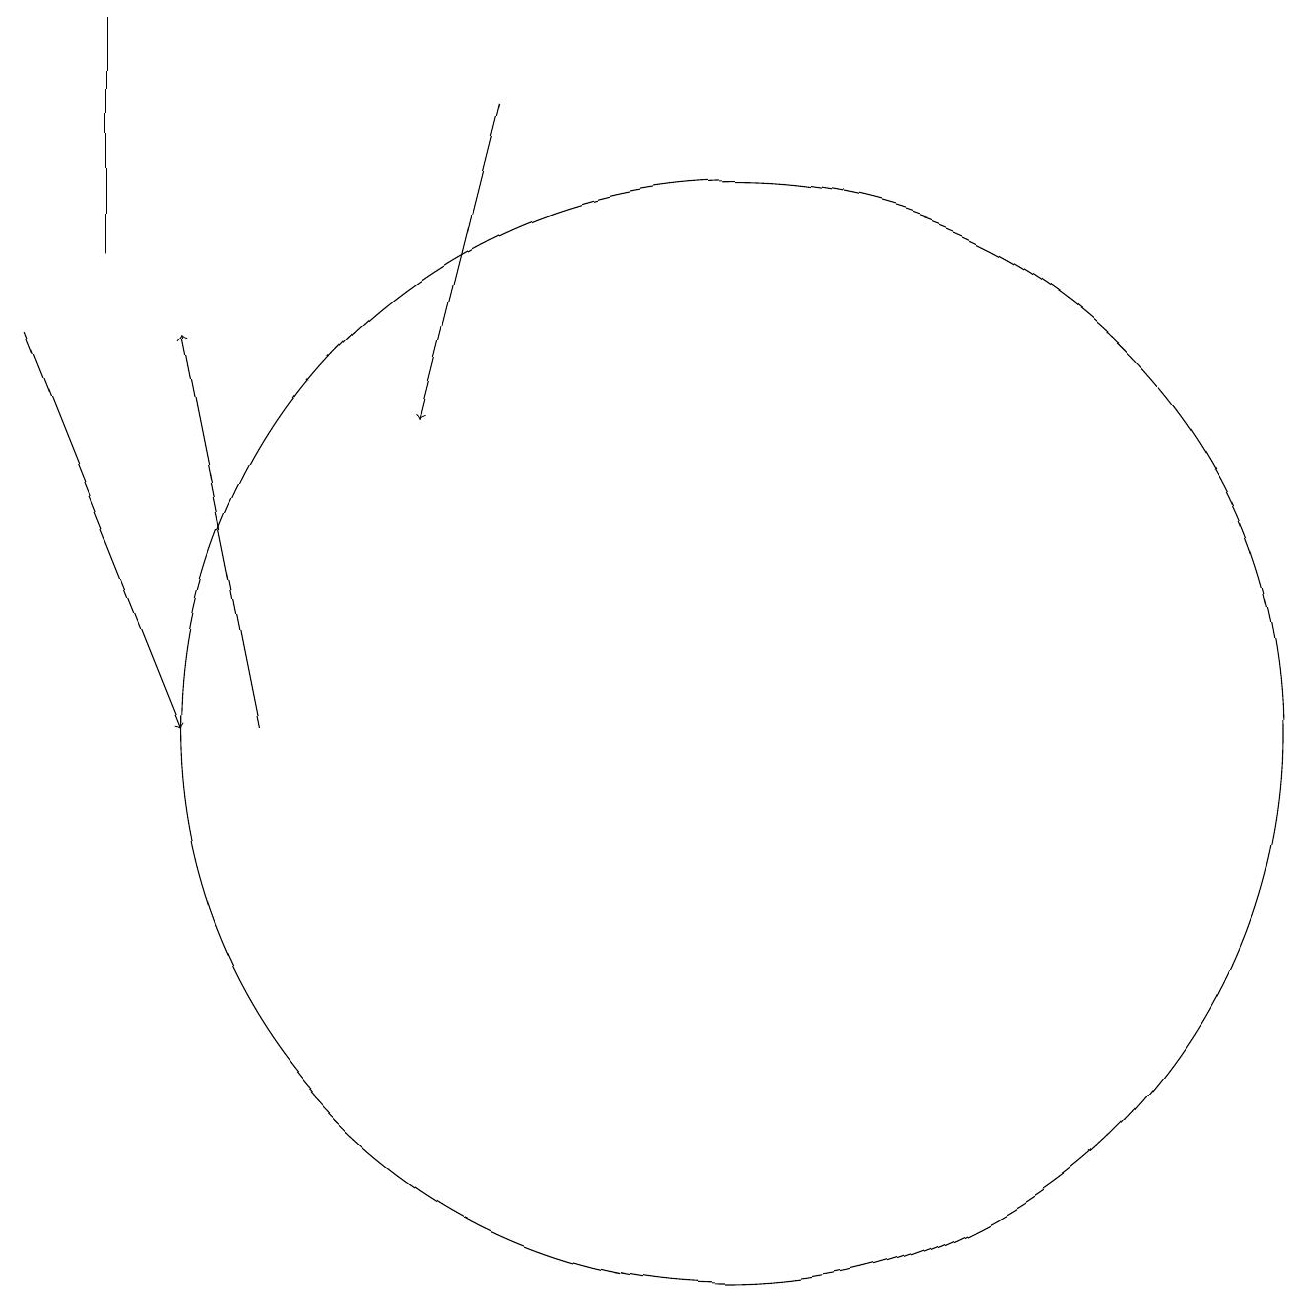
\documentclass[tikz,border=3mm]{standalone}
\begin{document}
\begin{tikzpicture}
\draw[->] (4,10) -- (3,15);
\draw[->] (7,18) -- (6,14);
\draw (2,19) rectangle (2,16);
\draw[->] (1,15) -- (3,10);
\draw (10,10) circle (7);
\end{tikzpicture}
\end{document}